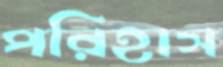
পরিহাস